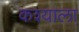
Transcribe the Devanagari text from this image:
कश्याला